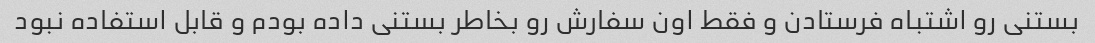
بستنی رو اشتباه فرستادن و فقط اون سفارش رو بخاطر بستنی داده بودم و قابل استفاده نبود